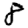
Digit: 8